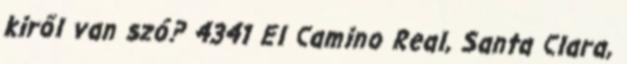
kiről van szó? 4341 El Camino Real, Santa Clara,